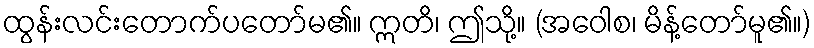
ထွန်းလင်းတောက်ပတော်မ၏။ ဣတိ၊ ဤသို့။ (အဝေါစ၊ မိန့်တော်မူ၏။)